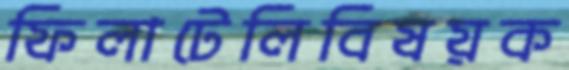
ফিলাটেলিবিষয়ক